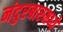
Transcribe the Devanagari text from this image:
नंदुरबारमध्ये